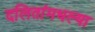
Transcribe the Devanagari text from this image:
दलितांमधल्या